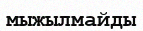
мыжылмайды